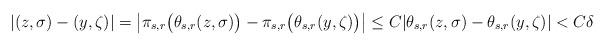
LaTeX: \begin{align*}|(z,\sigma)-(y,\zeta)|&=\big|\pi_{s,r}\big(\theta_{s,r}(z,\sigma)\big)-\pi_{s,r}\big(\theta_{s,r}(y,\zeta)\big)\big|\leq C|\theta_{s,r}(z,\sigma)-\theta_{s,r}(y,\zeta)|<C\delta\end{align*}